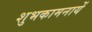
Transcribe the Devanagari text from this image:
शुभकामनायें